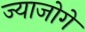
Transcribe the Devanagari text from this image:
ज्याजोगे